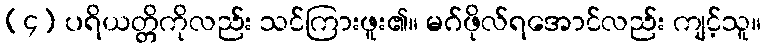
(၄) ပရိယတ္တိကိုလည်း သင်ကြားဖူး၏။ မဂ်ဖိုလ်ရအောင်လည်း ကျင့်သူ။